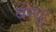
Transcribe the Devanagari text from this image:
बन्धुः